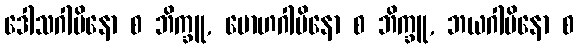
ဒေါသဂါမိနော စ ဘိက္ခူ, မောဟဂါမိနော စ ဘိက္ခူ, ဘယဂါမိနော စ